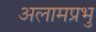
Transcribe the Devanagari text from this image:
अलामप्रभु